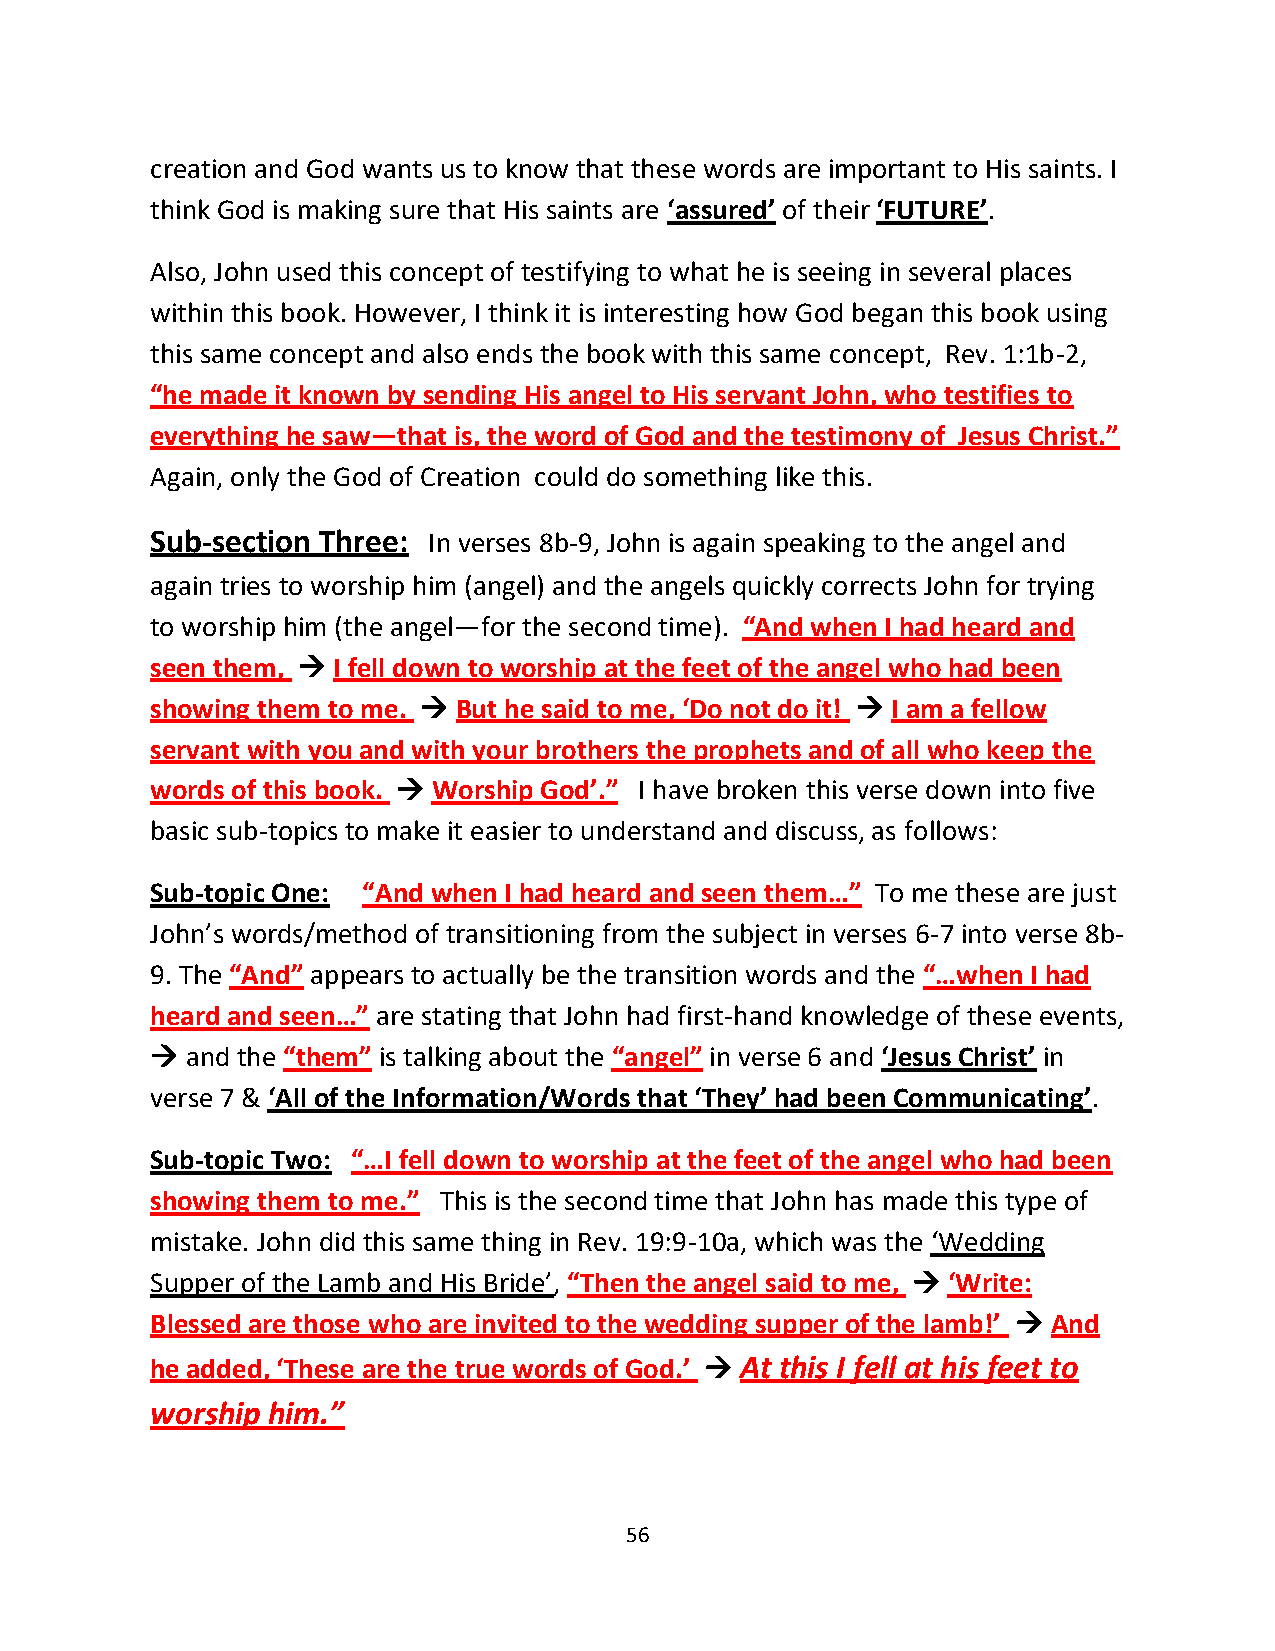
creation and God wants us to know that these words are important to His saints. I
 think God is making sure that His saints are ‘assured’ of their ‘FUTURE’.
 Also, John used this concept of testifying to what he is seeing in several places
 within this book. However, I think it is interesting how God began this book using
 this same concept and also ends the book with this same concept, Rev. 1:1b-2,
 “he made it known by sending His angel to His servant John, who testifies to
 everything he saw—that is, the word of God and the testimony of Jesus Christ.”
 Again, only the God of Creation could do something like this.
 Sub-section Three: In verses 8b-9, John is again speaking to the angel and
 again tries to worship him (angel) and the angels quickly corrects John for trying
 to worship him (the angel—for the second time). “And when I had heard and
 seen them, → I fell down to worship at the feet of the angel who had been
 showing them to me. → But he said to me, ‘Do not do it! → I am a fellow
 servant with you and with your brothers the prophets and of all who keep the
 words of this book. → Worship God’.” I have broken this verse down into five
 basic sub-topics to make it easier to understand and discuss, as follows:
 Sub-topic One: “And when I had heard and seen them…” To me these are just
 John’s words/method of transitioning from the subject in verses 6-7 into verse 8b-
 9. The “And” appears to actually be the transition words and the “…when I had
 heard and seen…” are stating that John had first-hand knowledge of these events,
 → and the “them” is talking about the “angel” in verse 6 and ‘Jesus Christ’ in
 verse 7 & ‘All of the Information/Words that ‘They’ had been Communicating’.
 Sub-topic Two: “…I fell down to worship at the feet of the angel who had been
 showing them to me.” This is the second time that John has made this type of
 mistake. John did this same thing in Rev. 19:9-10a, which was the ‘Wedding
 Supper of the Lamb and His Bride’, “Then the angel said to me, → ‘Write:
 Blessed are those who are invited to the wedding supper of the lamb!’ → And
 he added, ‘These are the true words of God.’ → At this I fell at his feet to
 worship him.”
 56